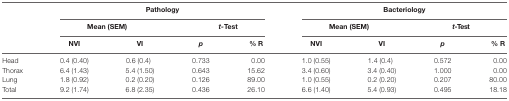
<table><thead><tr><td></td><td colspan="4"><b>Pathology</b></td><td colspan="4"><b>Bacteriology</b></td></tr><tr><td></td><td colspan="2"><b>Mean (SEM)</b></td><td colspan="2"><b><i>t-</i>Test</b></td><td colspan="2"><b>Mean (SEM)</b></td><td colspan="2"><b><i>t</i>-Test</b></td></tr><tr><td></td><td><b>NVI</b></td><td><b>VI</b></td><td><b><i>p</i></b></td><td><b>% R</b></td><td><b>NVI</b></td><td><b>VI</b></td><td><b><i>p</i></b></td><td><b>% R</b></td></tr></thead><tbody><tr><td>Head</td><td>0.4 (0.40)</td><td>0.6 (0.4)</td><td>0.733</td><td>0.00</td><td>1.0 (0.55)</td><td>1.4 (0.4)</td><td>0.572</td><td>0.00</td></tr><tr><td>Thorax</td><td>6.4 (1.43)</td><td>5.4 (1.50)</td><td>0.643</td><td>15.62</td><td>3.4 (0.60)</td><td>3.4 (0.40)</td><td>1.000</td><td>0.00</td></tr><tr><td>Lung</td><td>1.8 (0.92)</td><td>0.2 (0.20)</td><td>0.126</td><td>89.00</td><td>1.0 (0.55)</td><td>0.2 (0.20)</td><td>0.207</td><td>80.00</td></tr><tr><td>Total</td><td>9.2 (1.74)</td><td>6.8 (2.35)</td><td>0.436</td><td>26.10</td><td>6.6 (1.40)</td><td>5.4 (0.93)</td><td>0.495</td><td>18.18</td></tr></tbody></table>